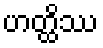
ဟတ္ထိဿ